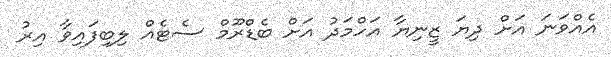
އެއްވަނަ އަށް ދިޔަ ޒީނިޔާ އަހްމަދު އަށް ބެޑްރޫމް ސެޓެއް ލިބިފައިވާ އިރު